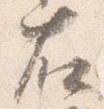
右